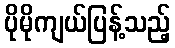
ပိုမိုကျယ်ပြန့်သည့်